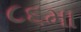
૮૬મા